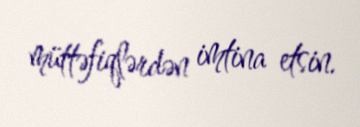
müttəfiqlərdən imtina etsin.